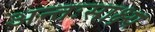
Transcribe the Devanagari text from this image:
अन्तःसाक्ष्य